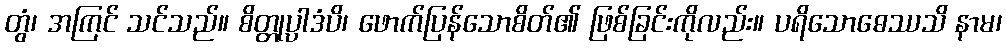
တွံ၊ အကြင် သင်သည်။ စိတ္တုပ္ပါဒံပိ၊ ဖောက်ပြန်သောစိတ်၏ ဖြစ်ခြင်းကိုလည်း။ ပရိသောဓေဿသိ နာမ၊